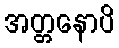
အတ္တနောပိ